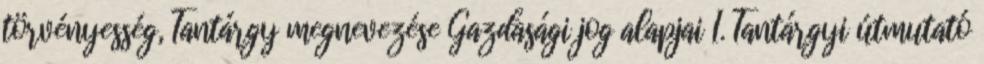
törvényesség, Tantárgy megnevezése Gazdasági jog alapjai I. Tantárgyi útmutató